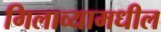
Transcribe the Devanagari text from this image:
गिलाव्यामधील